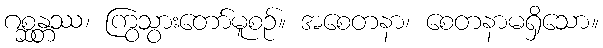
ဂစ္ဆန္တဿ၊ ကြွသွားတော်မူစဉ်။ အစေတနာ၊ စေတနာမရှိသော။